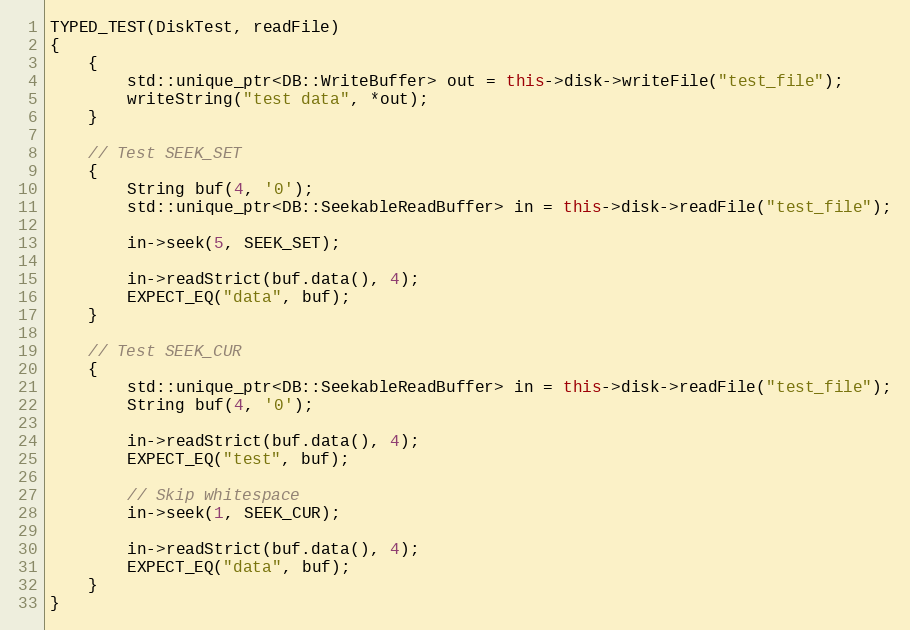
Language: C++
TYPED_TEST(DiskTest, readFile)
{
    {
        std::unique_ptr<DB::WriteBuffer> out = this->disk->writeFile("test_file");
        writeString("test data", *out);
    }

    // Test SEEK_SET
    {
        String buf(4, '0');
        std::unique_ptr<DB::SeekableReadBuffer> in = this->disk->readFile("test_file");

        in->seek(5, SEEK_SET);

        in->readStrict(buf.data(), 4);
        EXPECT_EQ("data", buf);
    }

    // Test SEEK_CUR
    {
        std::unique_ptr<DB::SeekableReadBuffer> in = this->disk->readFile("test_file");
        String buf(4, '0');

        in->readStrict(buf.data(), 4);
        EXPECT_EQ("test", buf);

        // Skip whitespace
        in->seek(1, SEEK_CUR);

        in->readStrict(buf.data(), 4);
        EXPECT_EQ("data", buf);
    }
}